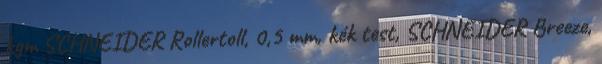
kgm SCHNEIDER Rollertoll, 0,5 mm, kék test, SCHNEIDER Breeze,